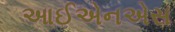
આઈએનએસ